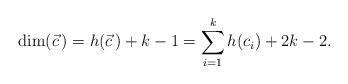
LaTeX: \begin{align*}\dim(\vec{c}\,) = h(\vec{c}\,) + k-1 = \sum_{i=1}^{k} h(c_{i}) + 2k-2.\end{align*}